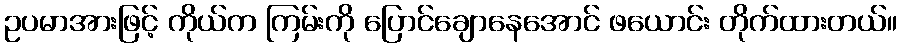
ဥပမာအားဖြင့် ကိုယ်က ကြမ်းကို ပြောင်ချောနေအောင် ဖယောင်း တိုက်ထားတယ်။